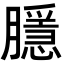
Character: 𭩑